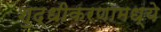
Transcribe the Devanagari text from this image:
शुद्धीकरणामध्ये